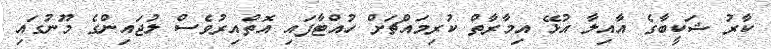
ކާރު ޝަކީބާގެ އާއިލާ އުޅޭ އިމާރާތް ކުރިމައްޗަށް ހުއްޓާފައި އޮތްއިރުވެސް ލުޖައިންގެ މޫނުގައި